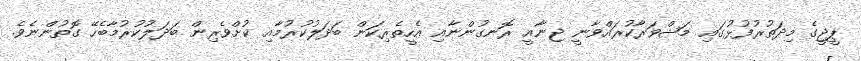
ޕީޖީގެ މިދަތުރުފުޅުގައި މަޝްވަރާކުރައްވާނީ ޖިނާއީ ރޮނގުންނާއި އެހީތެރިކަން ބަދަލުކުރުމާއި ކުށްވެރިން ބަދަލުކުރުމާބެހޭ ގޮތުންނެވެ.